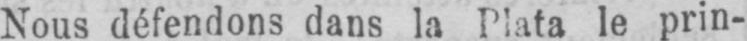
Nous défendons dans la Plata le prin-